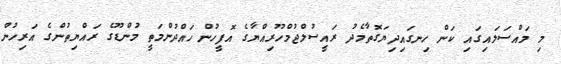
މި މައްސަލައިގައި ކަން ހިނގައިދިޔަގޮތާމެދު ރައީސުލްޖުމްހޫރިއްޔާގެ އޮފީހުން ހައްދުންމަތީ މުންޑޫގެ ރައްޔިތުންގެ އަރިހުން